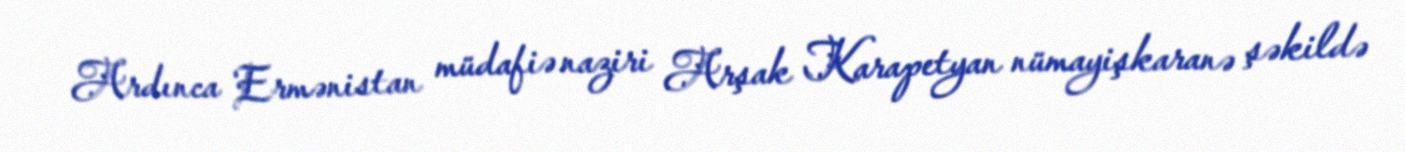
Ardınca Ermənistan müdafiə naziri Arşak Karapetyan nümayişkaranə şəkildə